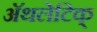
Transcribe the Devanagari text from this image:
अॅथलेटिक्